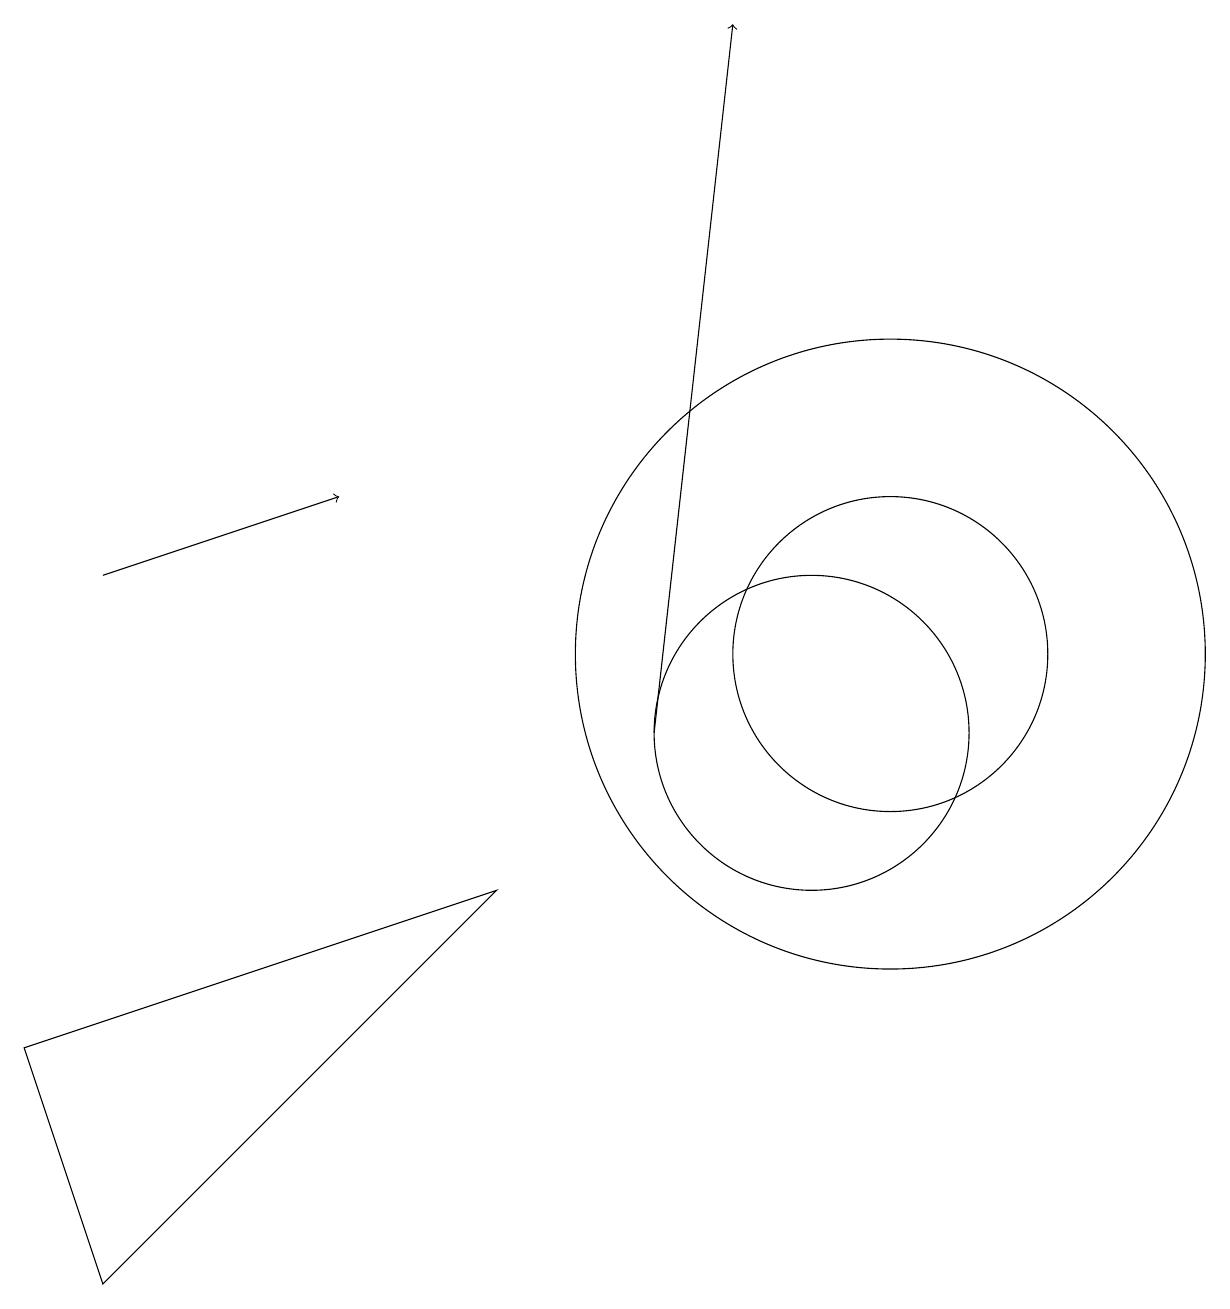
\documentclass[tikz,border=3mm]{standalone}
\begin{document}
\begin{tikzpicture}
\draw (11,11) circle (4);
\draw[->] (1,12) -- (4,13);
\draw (0,6) -- (6,8) -- (1,3) -- cycle;
\draw (11,11) circle (2);
\draw[->] (8,10) -- (9,19);
\draw (10,10) circle (2);
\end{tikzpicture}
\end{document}